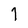
Character: 1